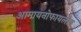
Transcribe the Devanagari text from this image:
आमायनोफायलीन